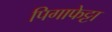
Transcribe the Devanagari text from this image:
पिगाफेट्टा